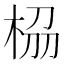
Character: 𭪁